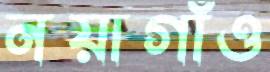
নয়াগাঁও